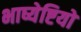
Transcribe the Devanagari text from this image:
भाष्येष्टियों